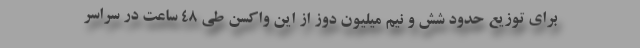
برای توزیع حدود شش و نیم میلیون دوز از این واکسن طی ۴۸ ساعت در سراسر